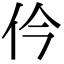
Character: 仱